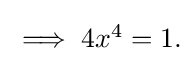
{\textstyle \implies 4x^{4}=1.}